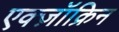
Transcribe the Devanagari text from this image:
एक्ज़ॉक्रिन